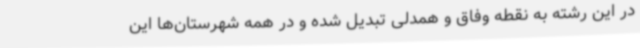
در این رشته به نقطه وفاق و همدلی تبدیل شده و در همه شهرستان‌ها این